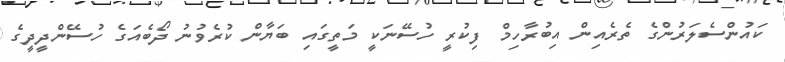
ކައުންސެލަރުންގެ ތެރެއިން އިބުރާހިމް ފިކުރީ ހުސޭނަކީ މަތީގައި ބަޔާން ކުރެވުނު ދޯބެއަގެ ހުސޭންދީދީގެ